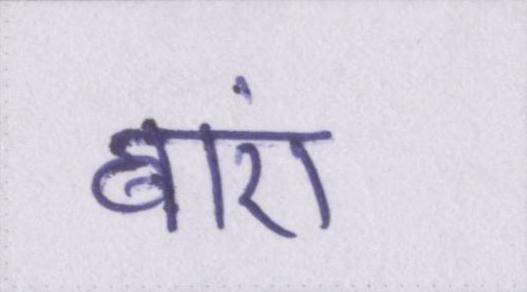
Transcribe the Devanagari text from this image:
बाएं